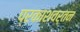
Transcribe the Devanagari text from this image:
प्रकाशवर्तन